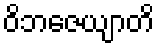
ဝိဘဇေယျာတိ